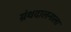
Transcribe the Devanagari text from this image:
ग्रंथदालनाला